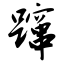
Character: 蹿